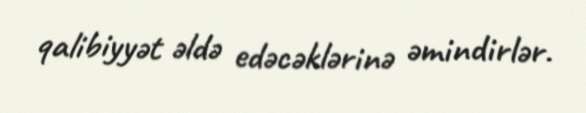
qalibiyyət əldə edəcəklərinə əmindirlər.